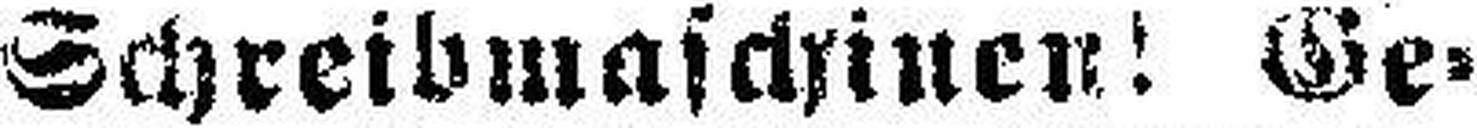
Schreibmaschinen! Ge¬